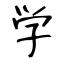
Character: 学